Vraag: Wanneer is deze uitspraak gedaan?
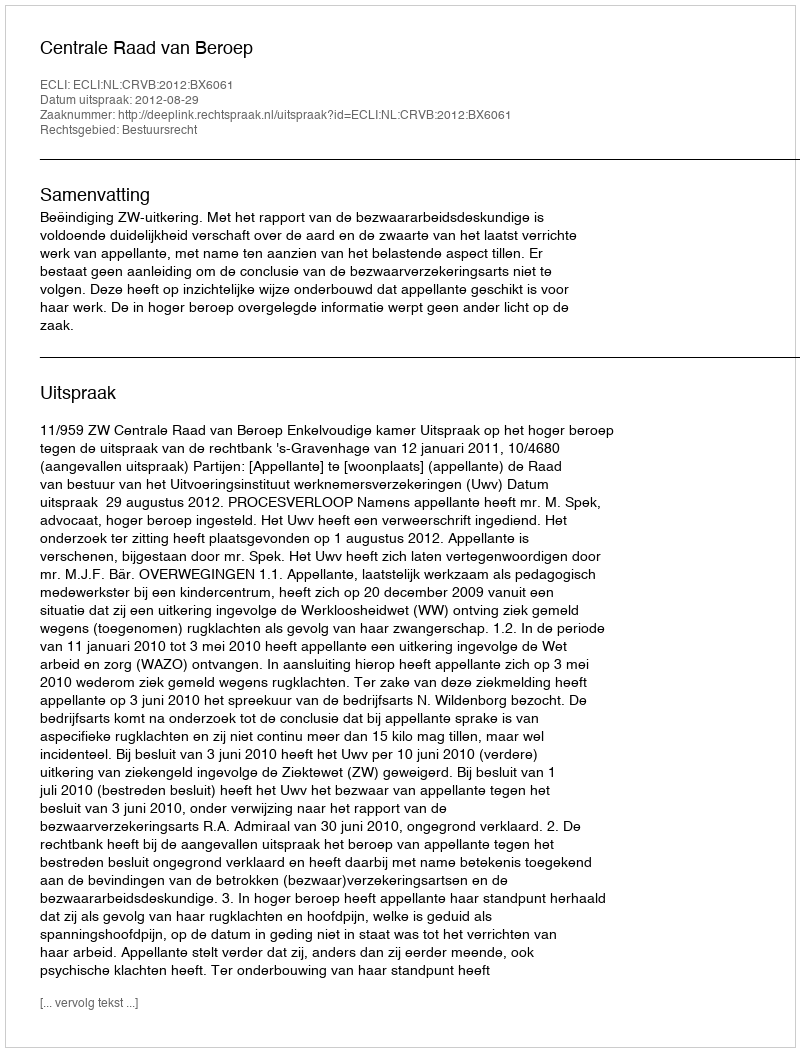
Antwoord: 2012-08-29